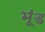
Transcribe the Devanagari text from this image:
भूंड